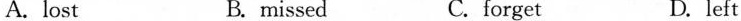
A. lost B. missed C. forget D. left